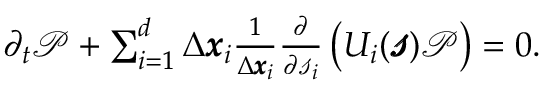
\begin{array} { r } { \partial _ { t } \mathcal { P } + \sum _ { i = 1 } ^ { d } \Delta \pmb { x } _ { i } \frac { 1 } { \Delta \pmb { x } _ { i } } \frac { \partial } { \partial \mathscr { s } _ { i } } \left( U _ { i } ( \pmb { \mathscr { s } } ) \mathcal { P } \right) = 0 . } \end{array}